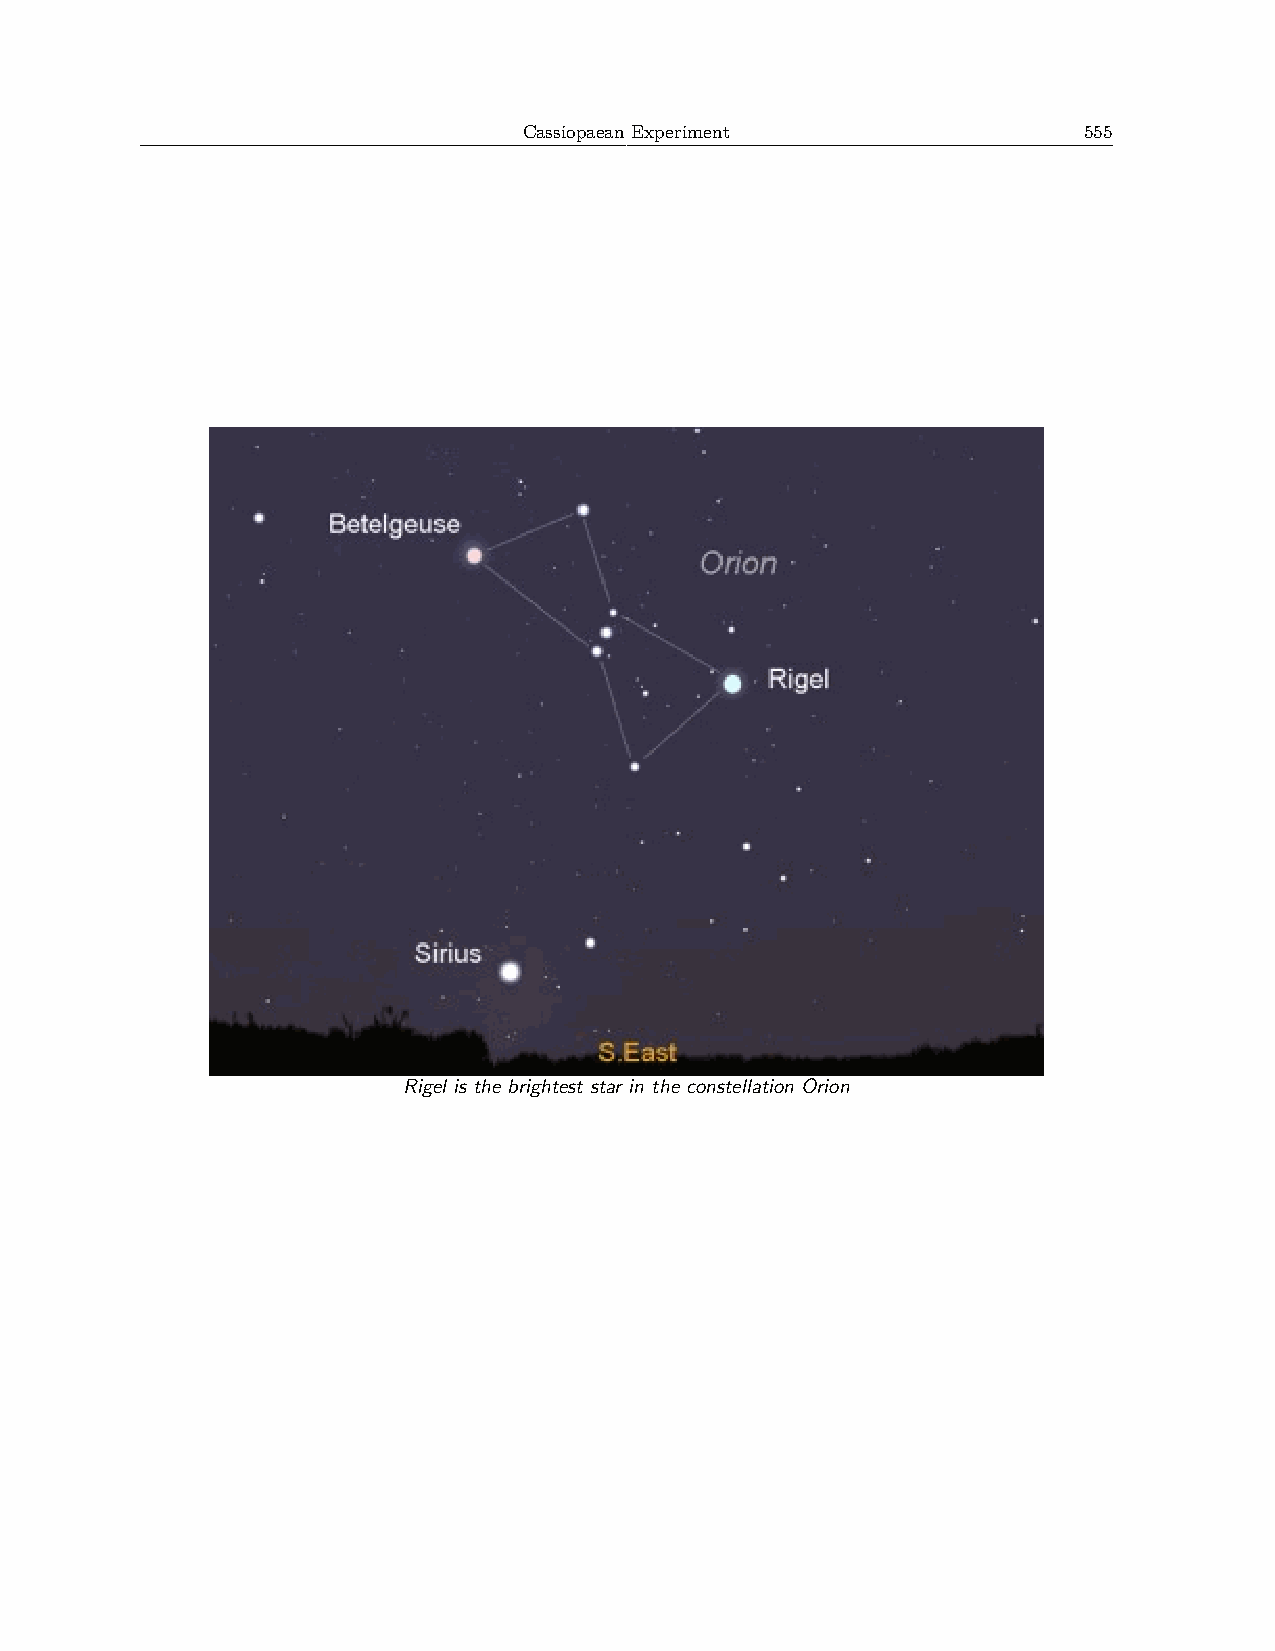
Cassiopaean Experiment               555
 Rigel is the brightest star in the constellation Orion